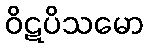
ဝိဋပိသမော